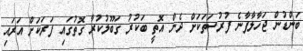
ބަންޑުން ޖަހާލާފާނެ ފުރުސަތަކަށް ދެން އޮތީ ބަކުރު ގަބޫލުކުރާ ގޮތުގައި ފަރަކަށް އަރައި